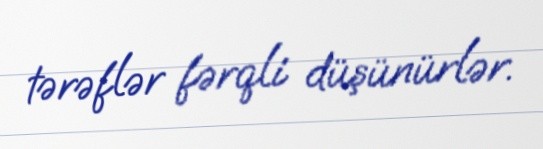
tərəflər fərqli düşünürlər.